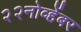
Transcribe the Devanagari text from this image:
२२नोव्हेंबर